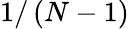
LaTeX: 1/\left(N-1\right)